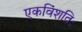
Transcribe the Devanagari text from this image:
एकविंशतिः